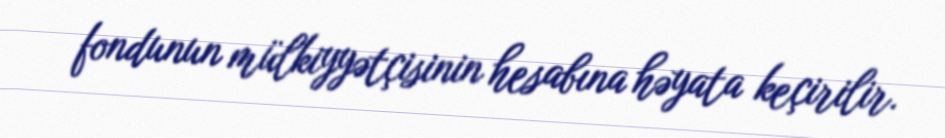
fondunun mülkiyyətçisinin hesabına həyata keçirilir.